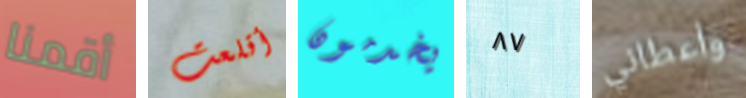
أقمنا أقلعت يخدمون ٨٧ وأعطاني